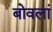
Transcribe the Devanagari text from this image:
बोवलां